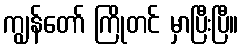
ကျွန်တော် ကြိုတင် မှာပြီးပြီ။